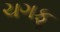
ચગફૂ